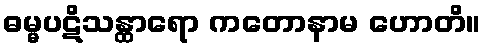
ဓမ္မပဋိသန္ထာရော ကတောနာမ ဟောတိ။